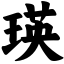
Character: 瑛